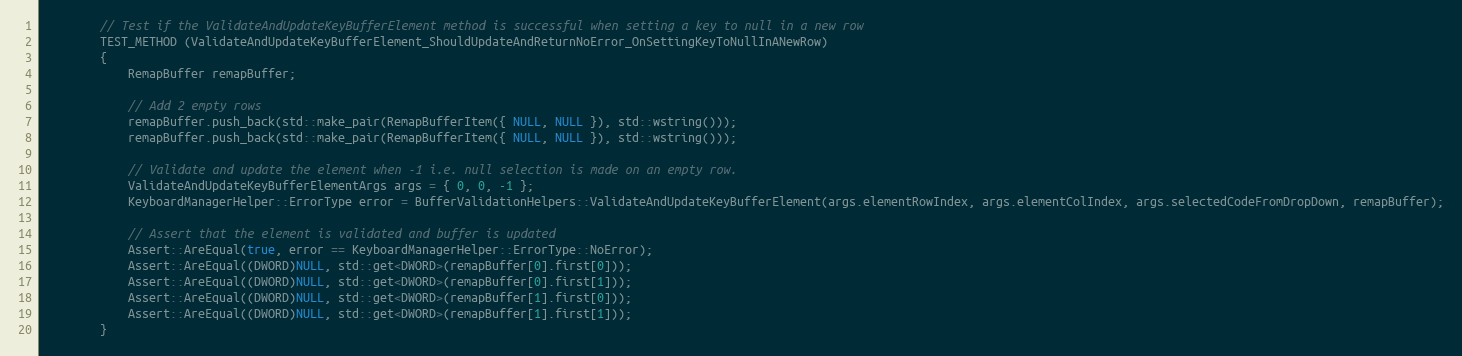
Language: C++
        // Test if the ValidateAndUpdateKeyBufferElement method is successful when setting a key to null in a new row
        TEST_METHOD (ValidateAndUpdateKeyBufferElement_ShouldUpdateAndReturnNoError_OnSettingKeyToNullInANewRow)
        {
            RemapBuffer remapBuffer;

            // Add 2 empty rows
            remapBuffer.push_back(std::make_pair(RemapBufferItem({ NULL, NULL }), std::wstring()));
            remapBuffer.push_back(std::make_pair(RemapBufferItem({ NULL, NULL }), std::wstring()));

            // Validate and update the element when -1 i.e. null selection is made on an empty row.
            ValidateAndUpdateKeyBufferElementArgs args = { 0, 0, -1 };
            KeyboardManagerHelper::ErrorType error = BufferValidationHelpers::ValidateAndUpdateKeyBufferElement(args.elementRowIndex, args.elementColIndex, args.selectedCodeFromDropDown, remapBuffer);

            // Assert that the element is validated and buffer is updated
            Assert::AreEqual(true, error == KeyboardManagerHelper::ErrorType::NoError);
            Assert::AreEqual((DWORD)NULL, std::get<DWORD>(remapBuffer[0].first[0]));
            Assert::AreEqual((DWORD)NULL, std::get<DWORD>(remapBuffer[0].first[1]));
            Assert::AreEqual((DWORD)NULL, std::get<DWORD>(remapBuffer[1].first[0]));
            Assert::AreEqual((DWORD)NULL, std::get<DWORD>(remapBuffer[1].first[1]));
        }